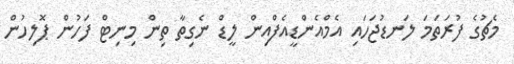
މެޗުގެ ފުރަތަމަ ލަނޑުޖަހައި އެމްއެންޑީއެފްއިން ލީޑް ނެގިތާ ތިން މިނިޓް ފަހުން ޕޮލިހުން